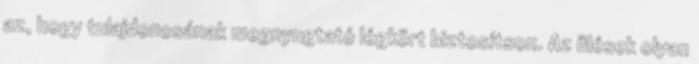
az, hogy tulajdonosának megnyugtató légkört biztosítson. Az ülések olyan